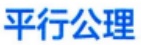
平行公理